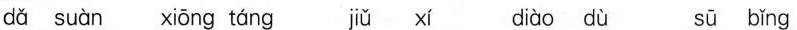
dǎ suàn xiōng táng jjǔ xí diào dù sū bǐng